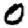
Digit: 0